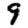
Digit: 9